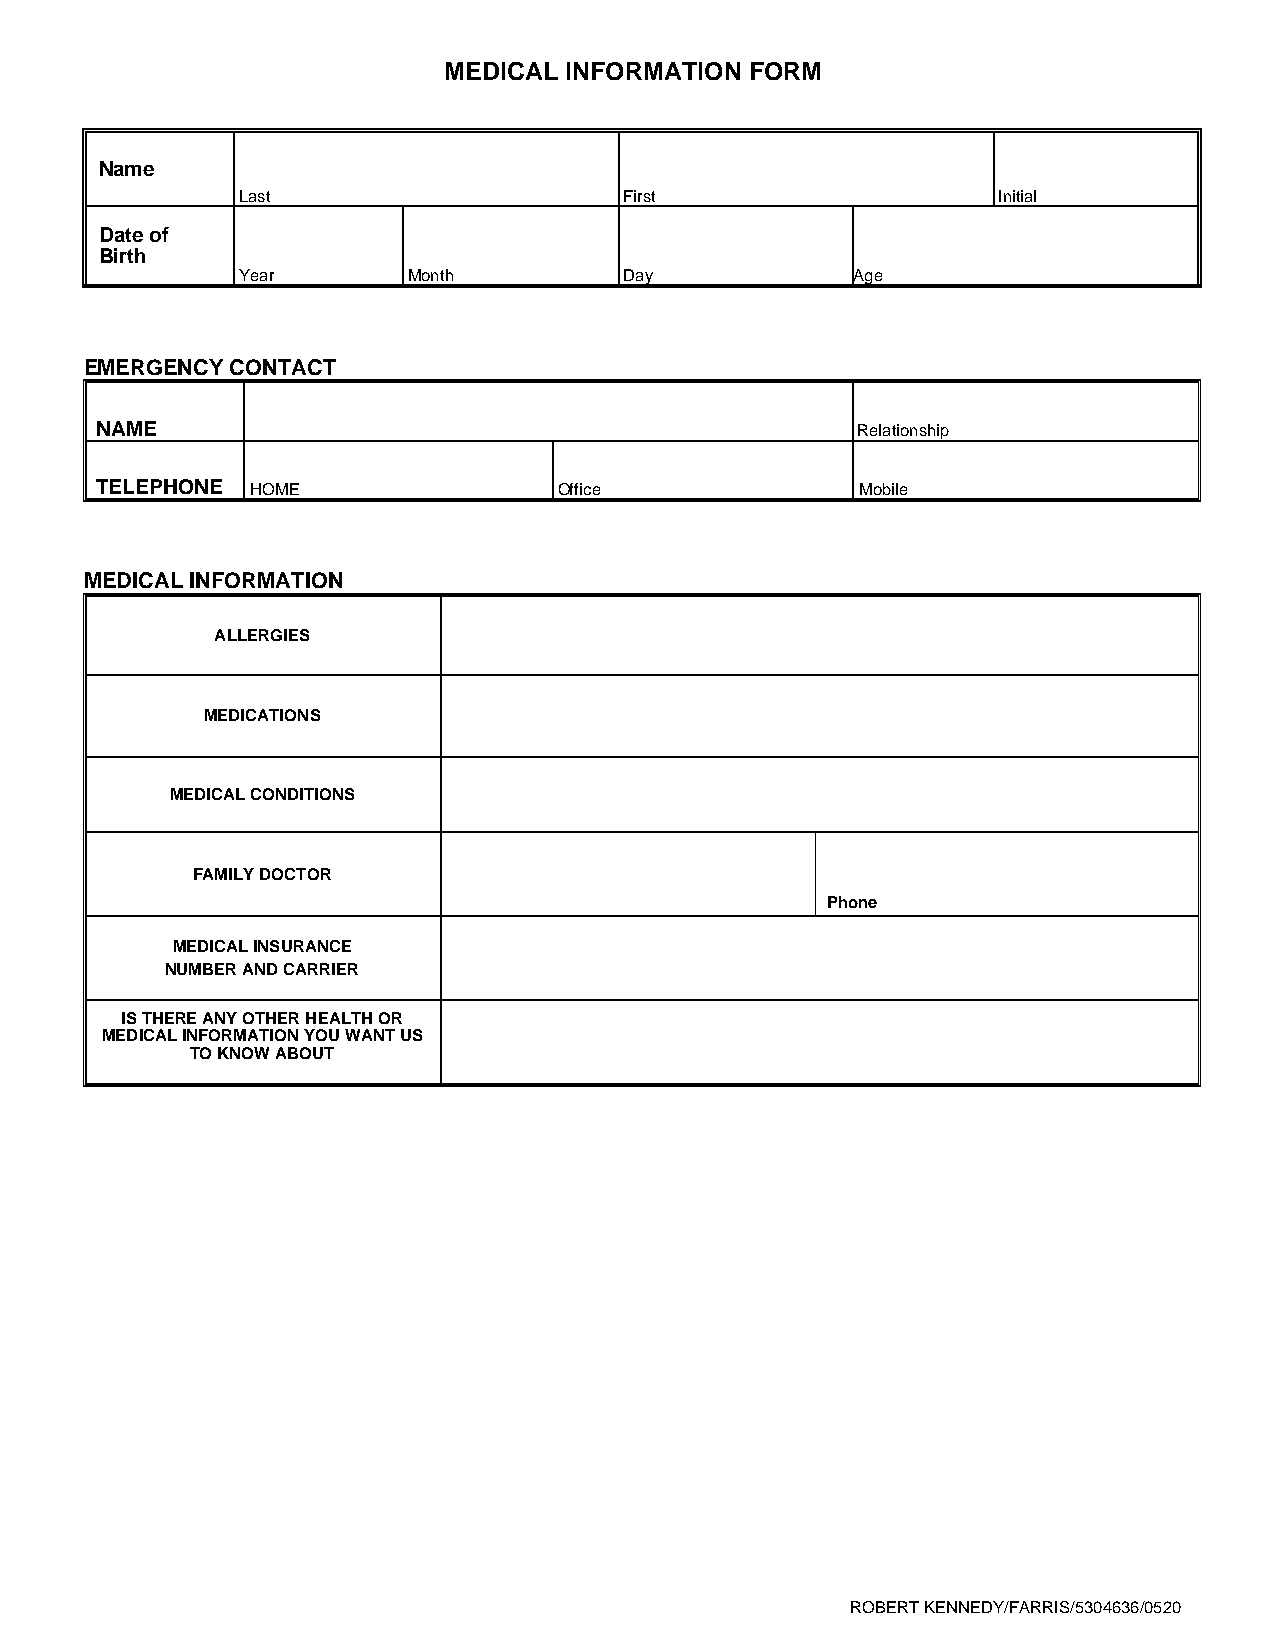
MEDICAL INFORMATION  FORM
 Name
 Last                     First                    Initial
 Date of
 Birth
 Year       Month         Day            Age
 EMERGENCY CONTACT
 NAME                                               Relationship
 TELEPHONE  HOME                Office              Mobile
 MEDICAL INFORMATION
 ALLERGIES
 MEDICATIONS
 MEDICAL CONDITIONS
 FAMILY DOCTOR
 Phone
 MEDICAL INSURANCE
 NUMBER AND CARRIER
 IS THERE ANY OTHER HEALTH OR
 MEDICAL INFORMATION YOU WANT US
 TO KNOW ABOUT
 ROBERT KENNEDY/FARRIS/5304636/0520